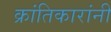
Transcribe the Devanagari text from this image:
क्रांतिकारांनी